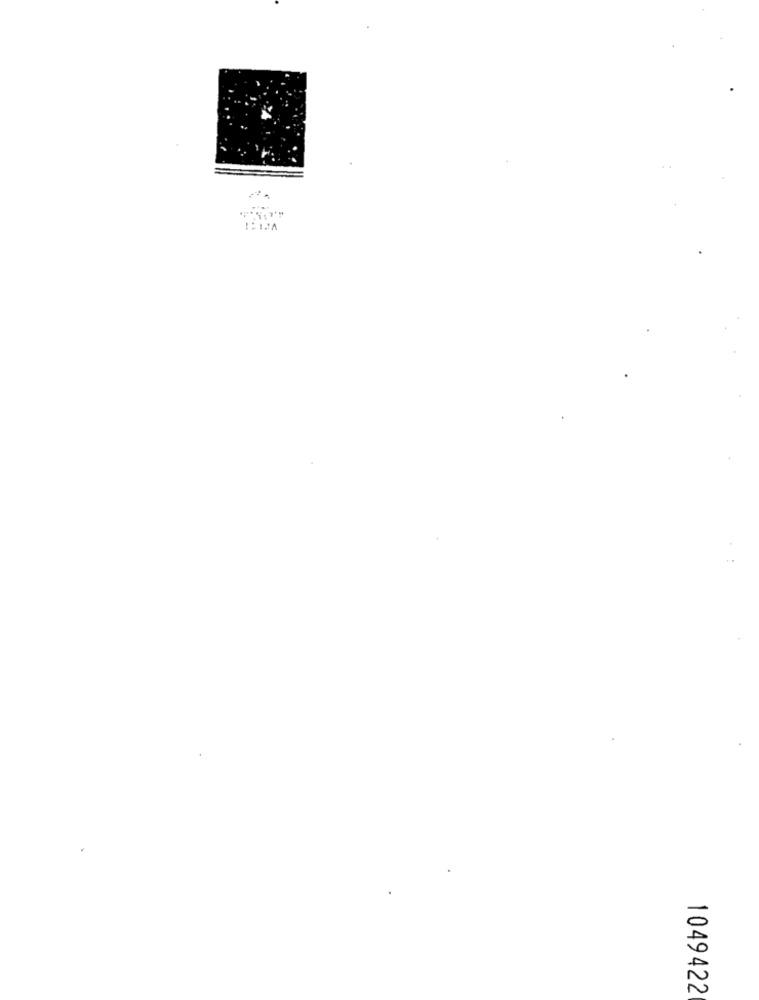
1049422